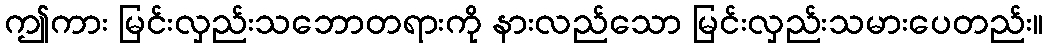
ဤကား မြင်းလှည်းသဘောတရားကို နားလည်သော မြင်းလှည်းသမားပေတည်း။